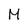
Character: M